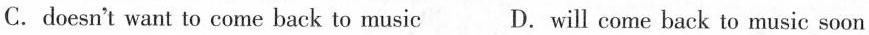
C.doesn't want to come back to music D.will come back to music soon